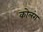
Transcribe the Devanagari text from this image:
कोलंग